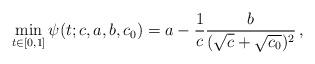
LaTeX: \begin{align*}\min_{t \in [0,1]} \psi(t;c,a,b,c_0)=a-\frac{1}{c}\frac{b}{(\sqrt{c}+\sqrt{c_0})^2}\, ,\end{align*}